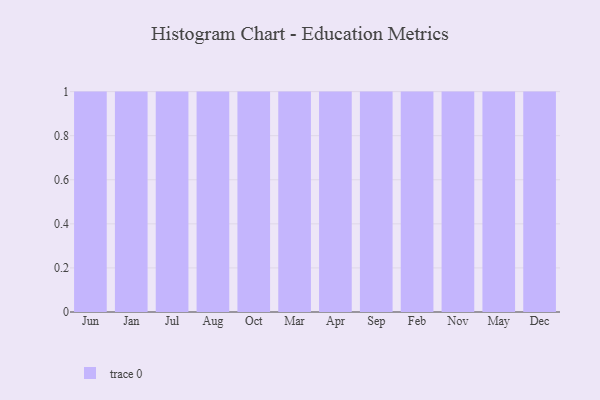
{"axis": {"x": "Month", "y": "Latency (ms)"}, "legend": [""], "data": [{"x": "Jun", "y": 4, "type": ""}, {"x": "Jan", "y": 62, "type": ""}, {"x": "Jul", "y": 38, "type": ""}, {"x": "Aug", "y": 66, "type": ""}, {"x": "Oct", "y": 56, "type": ""}, {"x": "Mar", "y": 75, "type": ""}, {"x": "Apr", "y": 74, "type": ""}, {"x": "Sep", "y": 29, "type": ""}, {"x": "Feb", "y": 24, "type": ""}, {"x": "Nov", "y": 99, "type": ""}, {"x": "May", "y": 20, "type": ""}, {"x": "Dec", "y": 38, "type": ""}]}